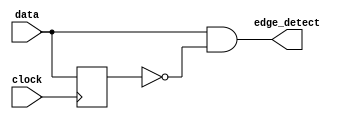
module edge_detector(
    input  data,    
	 input clock,    
    output edge_detect  
    );
	    reg data_d;    
	 always @ (posedge clock) begin
	#2;
	data_d <= data;
	end
	assign edge_detect = data & ~data_d;            
endmodule